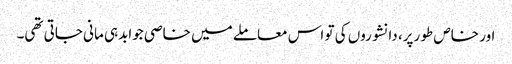
اور خاص طو رپر، دانشوروں کی تو اس معاملے میں خاصی جوابدہی مانی جاتی تھی۔